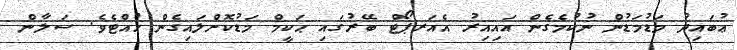
ޢުބައިދު މަޑުމަޑުން ނުކުމެގެން އައިއިރު އެއަރޕޯޓް ބޭރުގައި ޙަކީމް މަޑުކޮށްލައިގެން ހުއްޓެވެ. ސަލާން